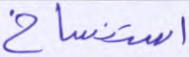
استنساخ